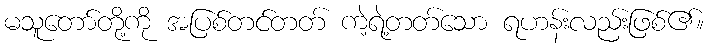
မသူတော်တို့ကို အပြစ်တင်တတ် ကဲ့ရဲ့တတ်သော ရဟန်းလည်းဖြစ်၏။